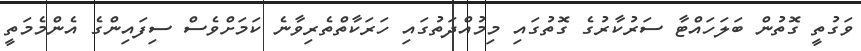
ވަގުތީ ގޮތުން ބަލަހައްޓާ ސަރުކާރުގެ ގޮތުގައި މިމުއްދަތުގައި ހަރަކާތްތެރިވާނެ ކަމަށްވެސް ސިފައިންގެ އެންމެމަތީ